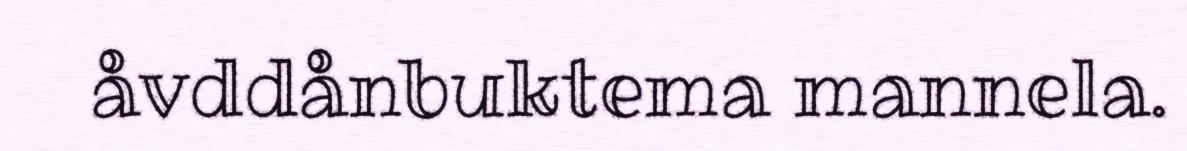
åvddånbuktema mannela.